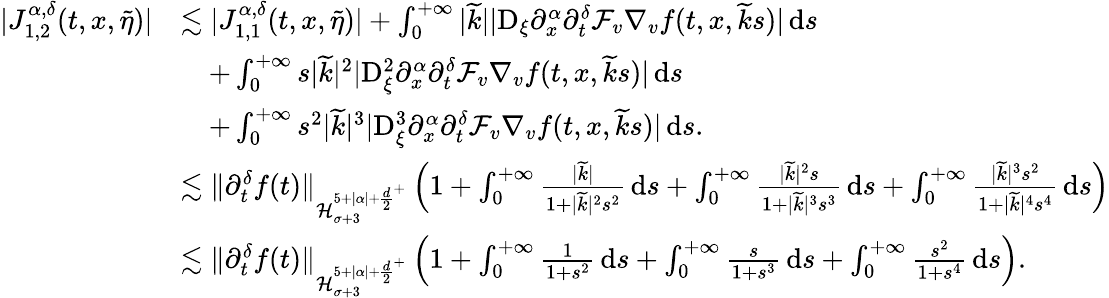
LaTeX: \begin{array}{rl}{\vert J_{1,2}^{\alpha,\delta}(t,x,\widetilde{\eta})\vert}&{\lesssim\vert J_{1,1}^{\alpha,\delta}(t,x,\widetilde{\eta})\vert+\int_{0}^{+\infty}\vert\widetilde{k}\vert\vert\mathrm{D}_{\xi}\partial_{x}^{\alpha}\partial_{t}^{\delta}\mathcal{F}_{v}\nabla_{v}f(t,x,\widetilde{k}s)\vert\, \mathrm{d}s}\\ &{\quad+\int_{0}^{+\infty}s\vert\widetilde{k}\vert^{2}\vert\mathrm{D}_{\xi}^{2}\partial_{x}^{\alpha}\partial_{t}^{\delta}\mathcal{F}_{v}\nabla_{v}f(t,x,\widetilde{k}s)\vert\, \mathrm{d}s}\\ &{\quad+\int_{0}^{+\infty}s^{2}\vert\widetilde{k}\vert^{3}\vert\mathrm{D}_{\xi}^{3}\partial_{x}^{\alpha}\partial_{t}^{\delta}\mathcal{F}_{v}\nabla_{v}f(t,x,\widetilde{k}s)\vert\, \mathrm{d}s.}\\ &{\lesssim\Vert\partial_{t}^{\delta}f(t)\Vert_{\mathcal{H}_{\sigma+3}^{5+\vert\alpha\vert+{\frac{d}{2}}^{+}}}\left(1+\int_{0}^{+\infty}\frac{\vert\widetilde{k}\vert}{1+\vert\widetilde{k}\vert^{2}s^{2}}\, \mathrm{d}s+\int_{0}^{+\infty}\frac{\vert\widetilde{k}\vert^{2}s}{1+\vert\widetilde{k}\vert^{3}s^{3}}\, \mathrm{d}s+\int_{0}^{+\infty}\frac{\vert\widetilde{k}\vert^{3}s^{2}}{1+\vert\widetilde{k}\vert^{4}s^{4}}\, \mathrm{d}s\right)}\\ &{\lesssim\Vert\partial_{t}^{\delta}f(t)\Vert_{\mathcal{H}_{\sigma+3}^{5+\vert\alpha\vert+{\frac{d}{2}}^{+}}}\left(1+\int_{0}^{+\infty}\frac{1}{1+s^{2}}\, \mathrm{d}s+\int_{0}^{+\infty}\frac{s}{1+s^{3}}\, \mathrm{d}s+\int_{0}^{+\infty}\frac{s^{2}}{1+s^{4}}\, \mathrm{d}s\right).}\end{array}